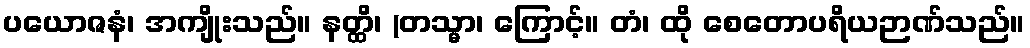
ပယောဇနံ၊ အကျိုးသည်။ နတ္ထိ၊ (တသ္မာ၊ ကြောင့်။ တံ၊ ထို စေတောပရိယဉာဏ်သည်။